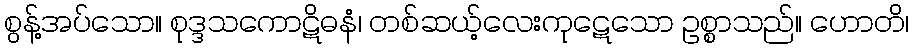
စွန့်အပ်သော။ စုဒ္ဒသကောဋိဓနံ၊ တစ်ဆယ့်လေးကုဋေသော ဥစ္စာသည်။ ဟောတိ၊